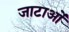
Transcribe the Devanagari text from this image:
जाटाओं